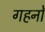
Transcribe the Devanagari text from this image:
गहनोँ